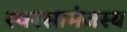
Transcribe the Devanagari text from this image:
स्वरसामंजस्य